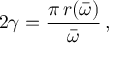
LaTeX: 2 \gamma = \frac { \pi \, r ( \bar { \omega } ) } { \bar { \omega } } \, ,